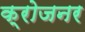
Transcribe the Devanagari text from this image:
क्रोजनर